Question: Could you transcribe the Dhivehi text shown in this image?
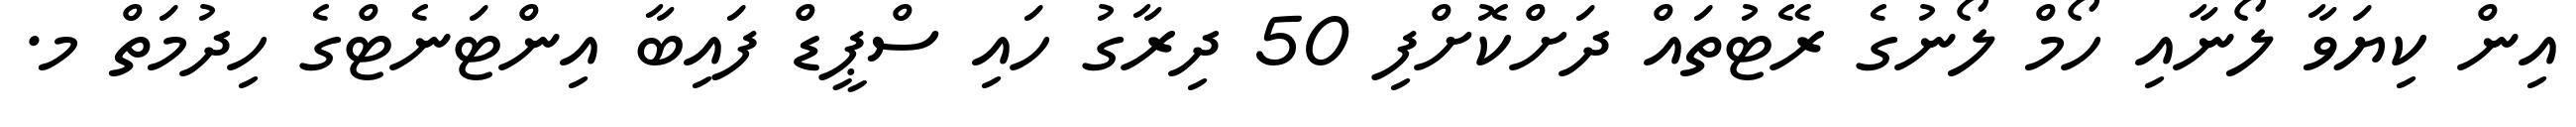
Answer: އިން ކިޔަވާ ލޯނާއި ހޯމް ލޯނުގެ ރޭޓުތައް ދަށްކޮށްފި 50 ދިރާގު ހައި ސްޕީޑް ފައިބާ އިންޓަނެޓްގެ ހިދުމަތް މ.